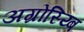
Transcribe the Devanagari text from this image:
अग्रोस्य्बि